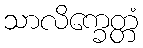
သာလိက္ခေတ္တံ